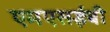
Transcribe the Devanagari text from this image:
एमएसईबी